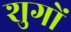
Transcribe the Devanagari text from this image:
शुगों